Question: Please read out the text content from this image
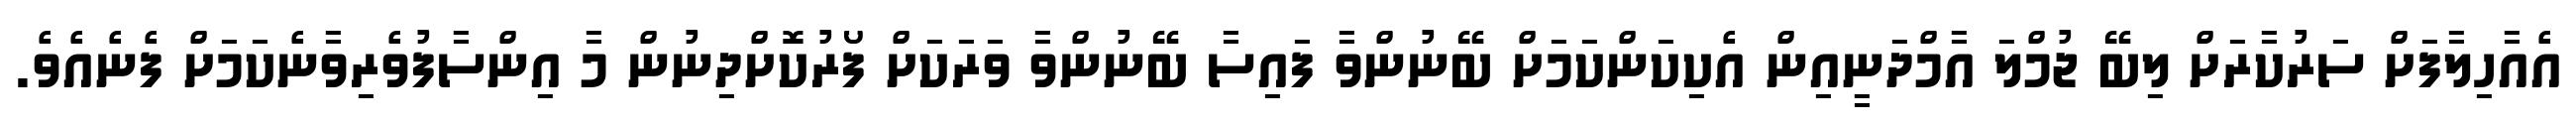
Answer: އެއާހިލާފަށް ސަރުކާރަށް ލިބޭ ޖުމްލަ އާމްދަނީއިން އެކިކަންކަމަށް ބޭނުންވާ ފައިސާ ބޭނުންވާ ވަރަކަށް ފޯރުކޮށްދިނުން މާ އިންސާފުވެރިވާނެކަމަށް ފެނެއެވެ.